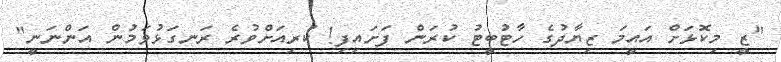
"ޒީ މިކޮޅަށް އައީމަ ޒިޔާދުގެ ހާޓުބީޓު ކުރަން ފަށައިފި! ކުރިއަށްވުރެ ރަނގަޅުވަމުން އަންނަނީ"